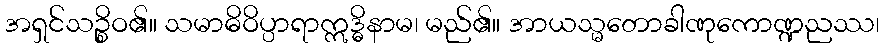
အရှင်သဉ္စိဝ၏။ သမာဓိဝိပ္ပာရာဣဒ္ဓိနာမ၊ မည်၏။ အာယသ္မတောခါဏုကောဏ္ဍညဿ၊